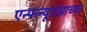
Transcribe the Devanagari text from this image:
एन्फ्ल्यूएंझाच्या